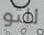
للتو